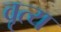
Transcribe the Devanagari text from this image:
वृत्य